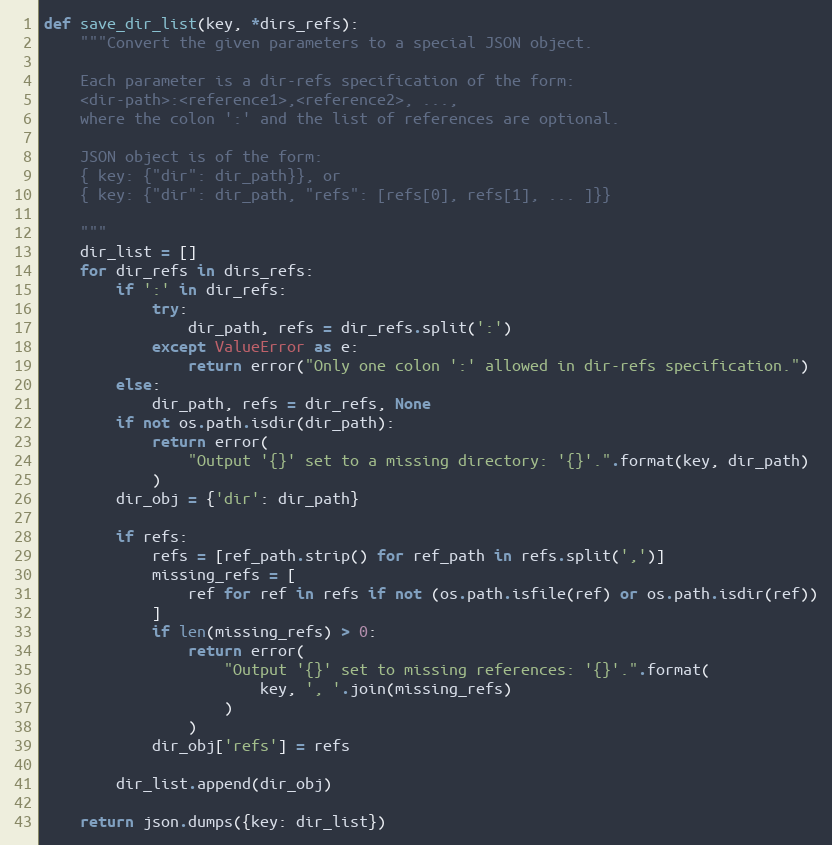
Language: Python
def save_dir_list(key, *dirs_refs):
    """Convert the given parameters to a special JSON object.

    Each parameter is a dir-refs specification of the form:
    <dir-path>:<reference1>,<reference2>, ...,
    where the colon ':' and the list of references are optional.

    JSON object is of the form:
    { key: {"dir": dir_path}}, or
    { key: {"dir": dir_path, "refs": [refs[0], refs[1], ... ]}}

    """
    dir_list = []
    for dir_refs in dirs_refs:
        if ':' in dir_refs:
            try:
                dir_path, refs = dir_refs.split(':')
            except ValueError as e:
                return error("Only one colon ':' allowed in dir-refs specification.")
        else:
            dir_path, refs = dir_refs, None
        if not os.path.isdir(dir_path):
            return error(
                "Output '{}' set to a missing directory: '{}'.".format(key, dir_path)
            )
        dir_obj = {'dir': dir_path}

        if refs:
            refs = [ref_path.strip() for ref_path in refs.split(',')]
            missing_refs = [
                ref for ref in refs if not (os.path.isfile(ref) or os.path.isdir(ref))
            ]
            if len(missing_refs) > 0:
                return error(
                    "Output '{}' set to missing references: '{}'.".format(
                        key, ', '.join(missing_refs)
                    )
                )
            dir_obj['refs'] = refs

        dir_list.append(dir_obj)

    return json.dumps({key: dir_list})